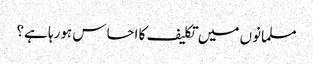
مسلمانوں میں تکلیف کا احساس ہورہا ہے؟